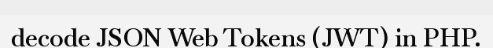
decode JSON Web Tokens (JWT) in PHP.